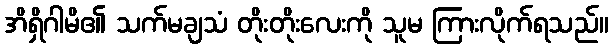
အိရှိဂါမိ၏ သက်မချသံ တိုးတိုးလေးကို သူမ ကြားလိုက်ရသည်။